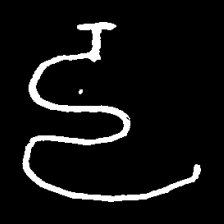
Pyu character \u2014 Myanmar letter: ဠ (romanized: lla)